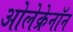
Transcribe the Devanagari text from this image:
ओलेक्रेनॉन